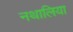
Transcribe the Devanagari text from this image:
नथालिया